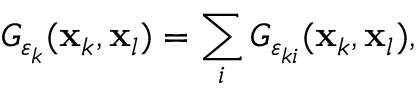
G _ { \boldsymbol { \varepsilon } _ { k } } ( \mathbf { x } _ { k } , \mathbf { x } _ { l } ) = \sum _ { i } G _ { \varepsilon _ { k i } } ( \mathbf { x } _ { k } , \mathbf { x } _ { l } ) ,